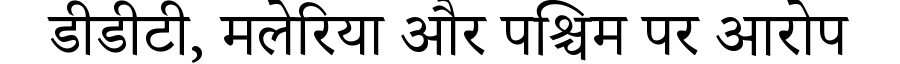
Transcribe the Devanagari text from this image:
डीडीटी, मलेरिया और पश्चिम पर आरोप